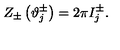
Z _ { \pm } \left( \vartheta _ { j } ^ { \pm } \right) = 2 \pi I _ { j } ^ { \pm } .